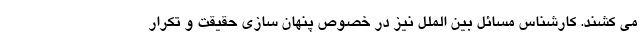
می کشند. کارشناس مسائل بین الملل نیز در خصوص پنهان سازی حقیقت و تکرار